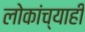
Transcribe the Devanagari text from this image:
लोकांच्याही